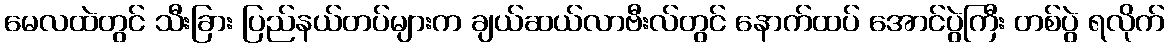
မေလထဲတွင် သီးခြား ပြည်နယ်တပ်များက ချယ်ဆယ်လာဗီးလ်တွင် နောက်ထပ် အောင်ပွဲကြီး တစ်ပွဲ ရလိုက်